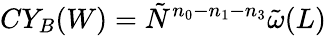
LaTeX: CY_{B}(W)=\tilde{N}^{n_{0}-n_{1}-n_{3}}\tilde{\omega}(L)